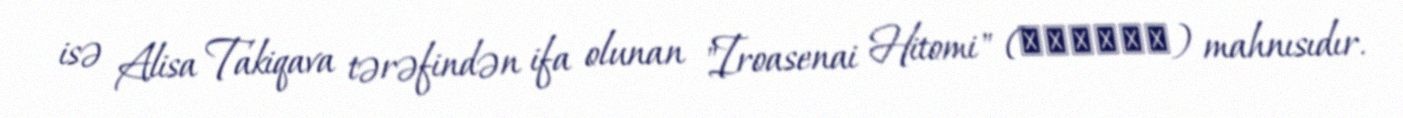
isə Alisa Takiqava tərəfindən ifa olunan "Iroasenai Hitomi" (色褪せない瞳) mahnısıdır.